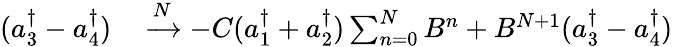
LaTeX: \begin{array}{rl}{(a_{3}^{\dagger}-a_{4}^{\dagger})}&{{}\xrightarrow{N}-C(a_{1}^{\dagger}+a_{2}^{\dagger})\sum_{n=0}^{N}B^{n}+B^{N+1}(a_{3}^{\dagger}-a_{4}^{\dagger})}\end{array}